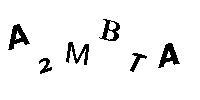
A2MBTA